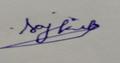
Signature authenticity: genuine